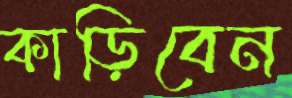
কাড়িবেন